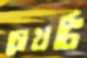
চোখটি